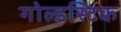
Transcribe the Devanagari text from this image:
गोल्डस्टिक